Indian journal of veterinary science and animal husbandry - Volumes 26-27, 1956-1957
Year: 1956
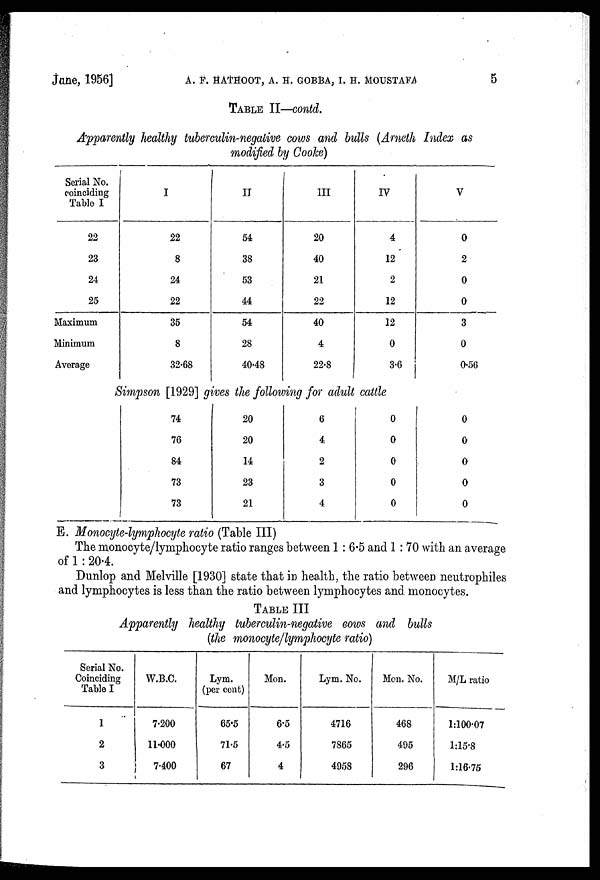
June, 1956] A. F. HATHOOT, A. H. GOBBA, I. H. MOUSTAFA 5
TABLE II—contd.
Apparently healthy tuberculin-negative cows and bulls (Arneth Index as
modified by Cooke)
Serial No.
coinciding
Table I
22
23
24
25
Maximum
Minimum
Average
I
22
8
24
22
35
8
32.68
II
54
38
53
44
54
28
40.48
III
20
40
21
22
40
4
22.8
IV
4
12
2
12
12
0
3.6
V
0
2
0
0
3
0
0.56
Simpson [1929] gives the following for adult cattle
74
76
84
73
73
20
20
14
23
21
6
4
2
3
4
0
0
0
0
0
0
0
0
0
0
E. Monocyte-lymphocyte ratio (Table III)
The monocyte/lymphocyte ratio ranges between 1 : 6.5 and 1 : 70 with an average
of 1 : 20.4.
Dunlop and Melville [1930] state that in health, the ratio between neutrophiles
and lymphocytes is less than the ratio between lymphocytes and monocytes.
TABLE III
Apparently healthy tuberculin-negative cows and bulls
(the monocyte/lymphocyte ratio)
Serial No.
Coinciding
Table I
1
2
3
W.B.C.
7.200
11.000
7.400
Lym.
(per cent)
65.5
71.5
67
Mon.
6.5
4.5
4
Lym. No.
4716
7865
4958
Mon. No.
468
495
296
M/L ratio
1:100.07
1:15.8
1:16.75